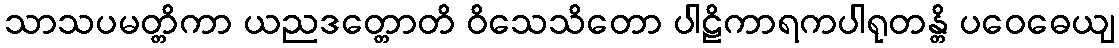
သာသပမတ္တိကာ ယညဒတ္တောတိ ဝိသေသိတော ပါဠိကာရကပါရုတန္တိ ပဝေဓေယျ